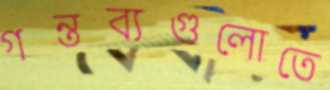
গন্তব্যগুলোতে